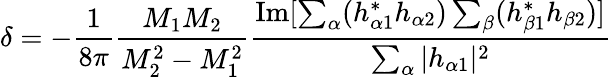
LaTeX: \delta=-{\frac{1}{8\pi}}\frac{M_{1}M_{2}}{M_{2}^{2}-M_{1}^{2}}\frac{\mathrm{Im}[\sum_{\alpha}(h_{\alpha 1}^{\ast}h_{\alpha 2})\sum_{\beta}(h_{\beta 1}^{\ast}h_{\beta 2})]}{\sum_{\alpha}|h_{\alpha 1}|^{2}}